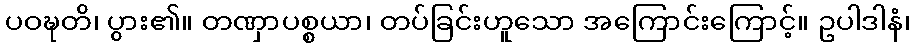
ပဝဍ္ဎတိ၊ ပွား၏။ တဏှာပစ္စယာ၊ တပ်ခြင်းဟူသော အကြောင်းကြောင့်။ ဥပါဒါနံ၊